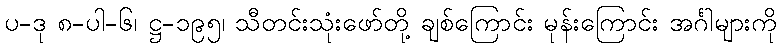
ပ-ဒု ၈-ပါ-၆၊ ဋ္ဌ-၁၉၅၊ သီတင်းသုံးဖော်တို့ ချစ်ကြောင်း မုန်းကြောင်း အင်္ဂါများကို